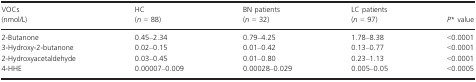
<table><thead><tr><td><b>VOCs (nmol/L)</b></td><td><b>HC (<i>n</i> = 88)</b></td><td><b>BN patients (<i>n</i> = 32)</b></td><td><b>LC patients (<i>n</i> = 97)</b></td><td><b><i>P</i>* value</b></td></tr></thead><tbody><tr><td>2-Butanone</td><td>0.45–2.34</td><td>0.79–4.25</td><td>1.78–8.38</td><td>&lt;0.0001</td></tr><tr><td>3-Hydroxy-2-butanone</td><td>0.02–0.15</td><td>0.01–0.42</td><td>0.13–0.77</td><td>&lt;0.0001</td></tr><tr><td>2-Hydroxyacetaldehyde</td><td>0.03–0.45</td><td>0.01–0.80</td><td>0.23–1.13</td><td>&lt;0.0001</td></tr><tr><td>4-HHE</td><td>0.00007–0.009</td><td>0.00028–0.029</td><td>0.005–0.05</td><td>&lt;0.0005</td></tr></tbody></table>